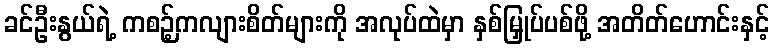
ခင်ဦးနွယ်ရဲ့ ကစဉ့်ကလျားစိတ်များကို အလုပ်ထဲမှာ နှစ်မြှုပ်ပစ်ဖို့ အတိတ်ဟောင်းနှင့်